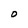
Character: O